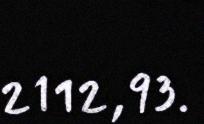
2112,93.